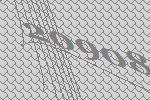
20908